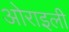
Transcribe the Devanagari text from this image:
ओराइली